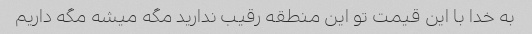
به خدا با این قیمت تو این منطقه رقیب ندارید مگه میشه مگه داریم